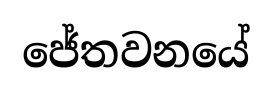
ජේතවනයේ